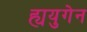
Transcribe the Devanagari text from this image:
ह्ययुगेन